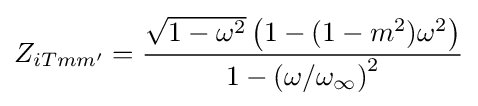
Z_{iTmm'}={\frac {{\sqrt {1-\omega ^{2}}}\left(1-(1-m^{2})\omega ^{2}\right)}{1-\left(\omega /\omega _{\infty }\right)^{2}}}